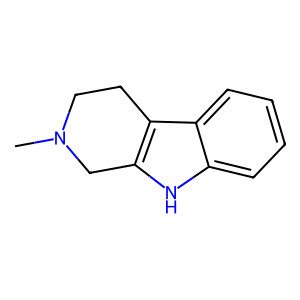
SMILES: CN1CCc2c([nH]c3ccccc23)C1
Inhibits HIV replication: No